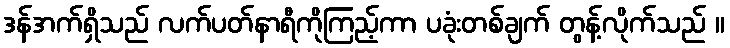
ဒန်အက်ရှိသည် လက်ပတ်နာရီကိုကြည့်ကာ ပခုံးတစ်ချက် တွန့်လိုက်သည် ။